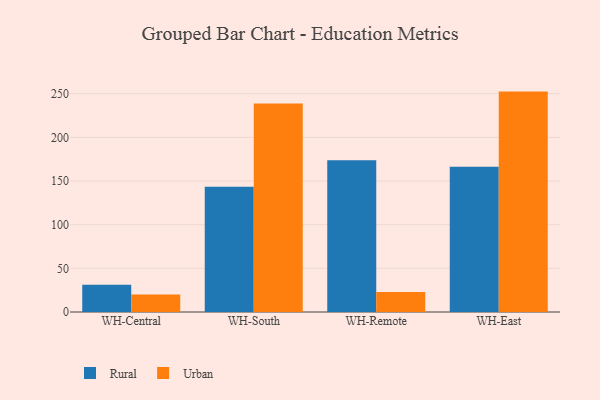
{"axis": {"x": "Warehouse", "y": "Temperature (°C)"}, "legend": ["Rural", "Urban"], "data": [{"x": "WH-Central", "y": 31.1, "type": "Rural"}, {"x": "WH-Central", "y": 19.9, "type": "Urban"}, {"x": "WH-South", "y": 143.3, "type": "Rural"}, {"x": "WH-South", "y": 238.8, "type": "Urban"}, {"x": "WH-Remote", "y": 173.8, "type": "Rural"}, {"x": "WH-Remote", "y": 23.0, "type": "Urban"}, {"x": "WH-East", "y": 166.4, "type": "Rural"}, {"x": "WH-East", "y": 252.4, "type": "Urban"}]}